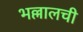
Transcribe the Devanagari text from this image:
भल्लालची